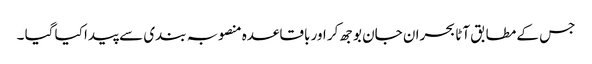
جس کے مطابق آٹا بحران جان بوجھ کر اور باقاعدہ منصوبہ بندی سے پیدا کیا گیا ۔